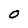
Character: O